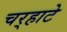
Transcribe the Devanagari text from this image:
चर्‍हाटे